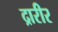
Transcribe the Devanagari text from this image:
द्रारीर